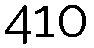
410